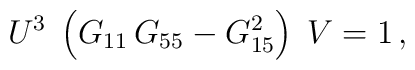
U^3\; \left( G_{11}\, G_{55} - G_{15}^2 \right)\; V = 1\, ,